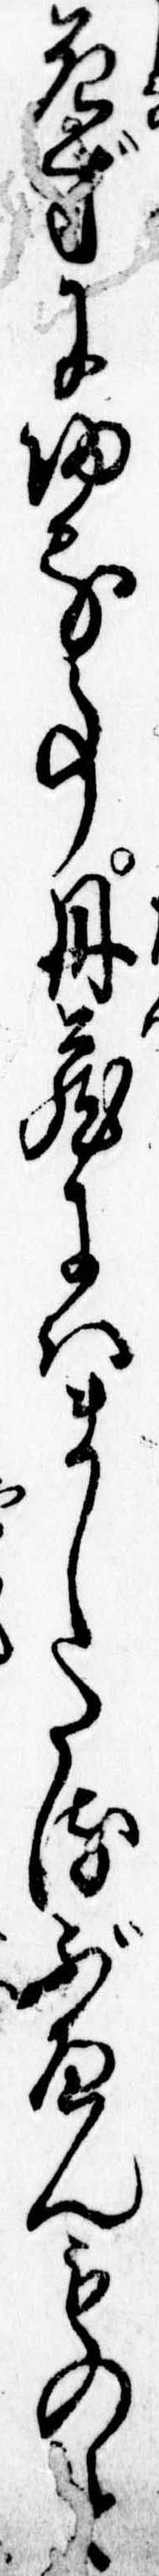
死ずに帰る事丹蔵にはましたるぶへんものと